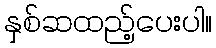
နှစ်ဆထည့်ပေးပါ။